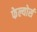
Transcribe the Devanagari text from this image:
फेल्योर्स